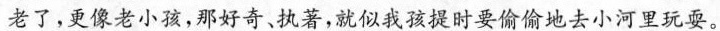
老了，更像老小孩，那好奇、执著，就似我孩提时要偷偷地去小河里玩耍。